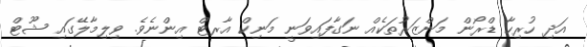
އަދި ހުރިހާ ޑްރޯން މަންޒަރުތަކެއް ނަގާފައިވަނީ މަނިކް އާރޓް އިންނެވެ. ވިލިމާލޭގައި ޝޫޓް